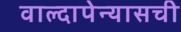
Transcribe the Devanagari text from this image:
वाल्दापेन्यासची